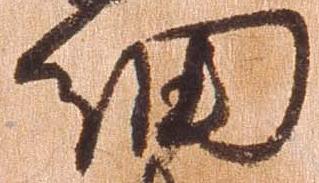
細